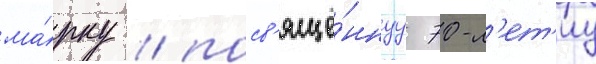
ма́рку / посв'ящё́ннуу 70-л'ет'иу